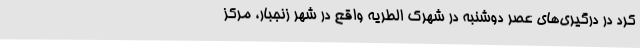
کرد در درگیری‌های عصر دوشنبه در شهرک الطریه واقع در شهر زنجبار، مرکز